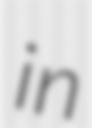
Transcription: in